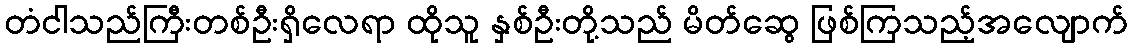
တံငါသည်ကြီးတစ်ဦးရှိလေရာ ထိုသူ နှစ်ဦးတို့သည် မိတ်ဆွေ ဖြစ်ကြသည့်အလျောက်